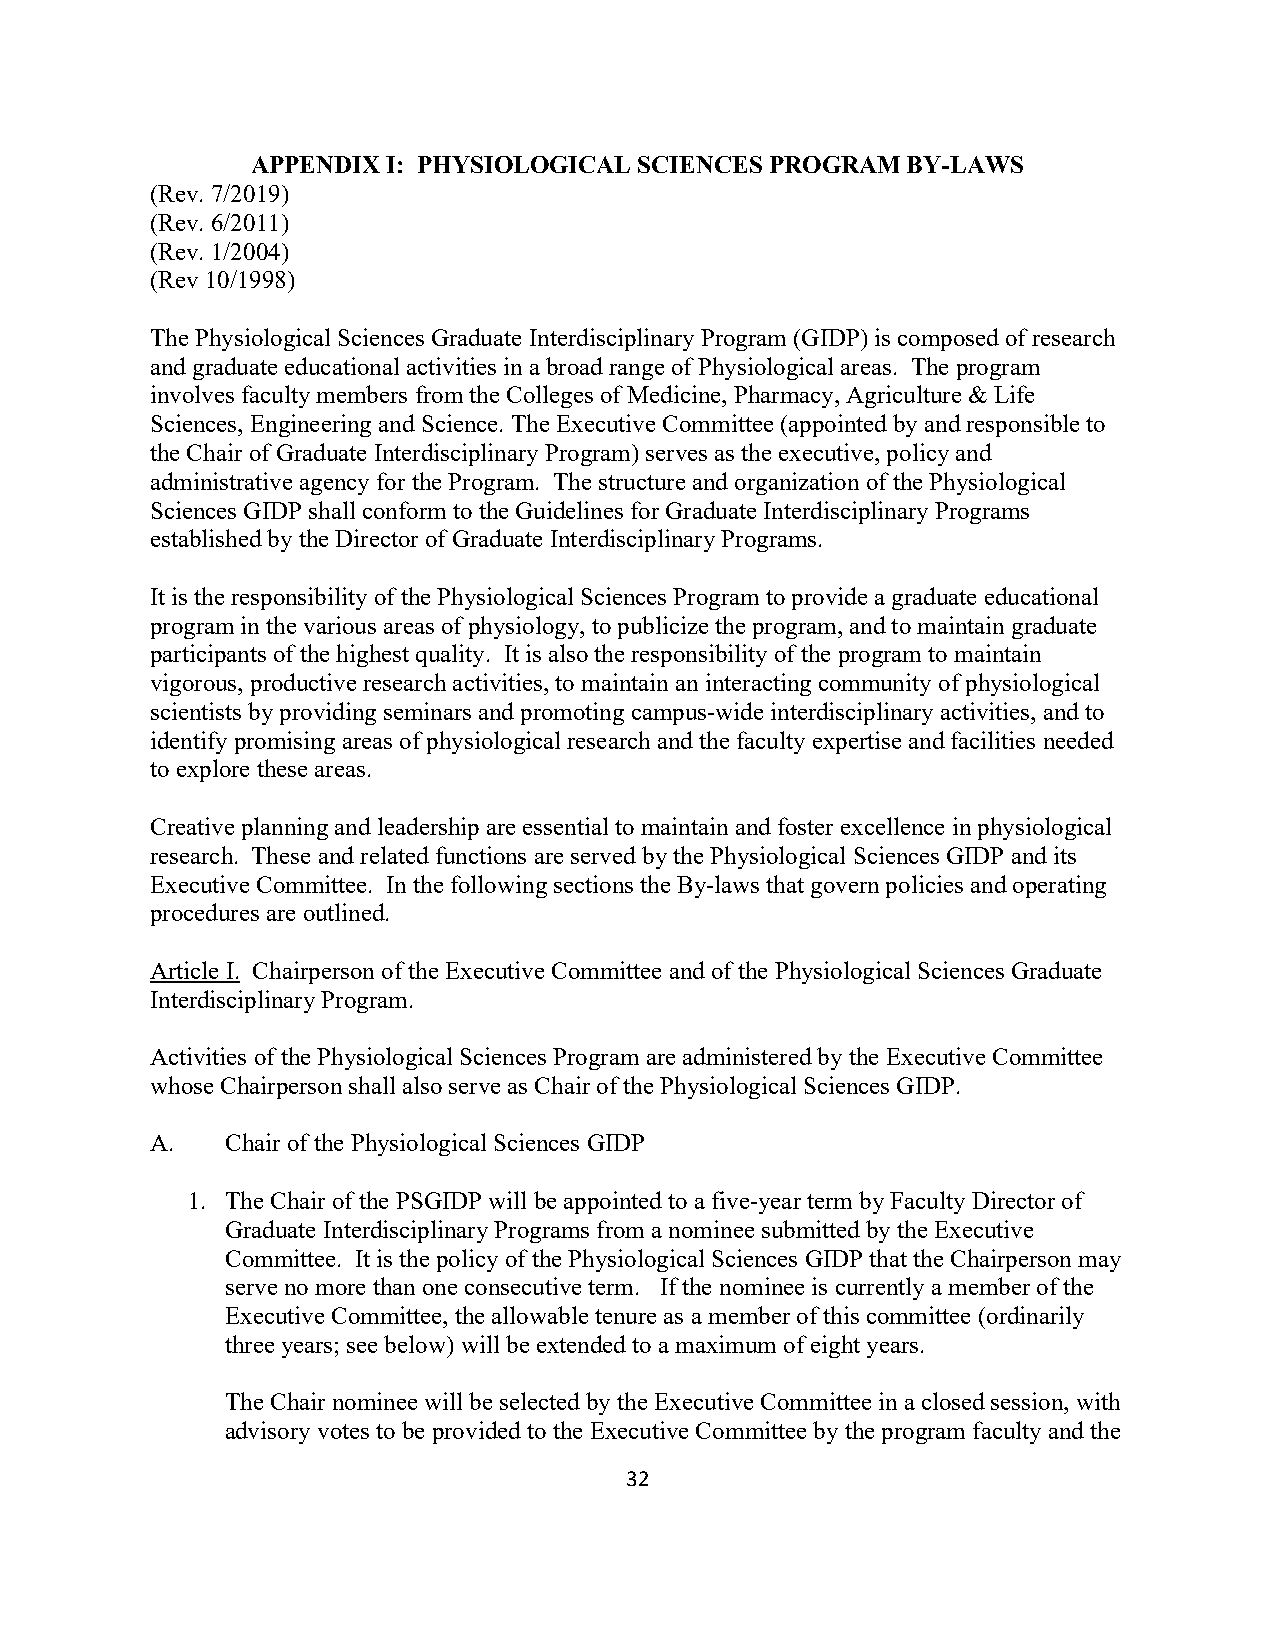
APPENDIX I: PHYSIOLOGICAL SCIENCES PROGRAM BY-LAWS
 (Rev. 7/2019)
 (Rev. 6/2011)
 (Rev. 1/2004)
 (Rev 10/1998)
 The Physiological Sciences Graduate Interdisciplinary Program (GIDP) is composed of research
 and graduate educational activities in a broad range of Physiological areas. The program
 involves faculty members from the Colleges of Medicine, Pharmacy, Agriculture & Life
 Sciences, Engineering and Science. The Executive Committee (appointed by and responsible to
 the Chair of Graduate Interdisciplinary Program) serves as the executive, policy and
 administrative agency for the Program. The structure and organization of the Physiological
 Sciences GIDP shall conform to the Guidelines for Graduate Interdisciplinary Programs
 established by the Director of Graduate Interdisciplinary Programs.
 It is the responsibility of the Physiological Sciences Program to provide a graduate educational
 program in the various areas of physiology, to publicize the program, and to maintain graduate
 participants of the highest quality. It is also the responsibility of the program to maintain
 vigorous, productive research activities, to maintain an interacting community of physiological
 scientists by providing seminars and promoting campus-wide interdisciplinary activities, and to
 identify promising areas of physiological research and the faculty expertise and facilities needed
 to explore these areas.
 Creative planning and leadership are essential to maintain and foster excellence in physiological
 research. These and related functions are served by the Physiological Sciences GIDP and its
 Executive Committee. In the following sections the By-laws that govern policies and operating
 procedures are outlined.
 Article I. Chairperson of the Executive Committee and of the Physiological Sciences Graduate
 Interdisciplinary Program.
 Activities of the Physiological Sciences Program are administered by the Executive Committee
 whose Chairperson shall also serve as Chair of the Physiological Sciences GIDP.
 A.   Chair of the Physiological Sciences GIDP
 1. The Chair of the PSGIDP will be appointed to a five-year term by Faculty Director of
 Graduate Interdisciplinary Programs from a nominee submitted by the Executive
 Committee. It is the policy of the Physiological Sciences GIDP that the Chairperson may
 serve no more than one consecutive term. If the nominee is currently a member of the
 Executive Committee, the allowable tenure as a member of this committee (ordinarily
 three years; see below) will be extended to a maximum of eight years.
 The Chair nominee will be selected by the Executive Committee in a closed session, with
 advisory votes to be provided to the Executive Committee by the program faculty and the
 32